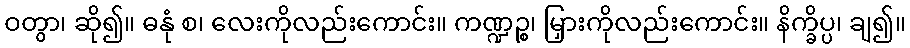
ဝတွာ၊ ဆို၍။ ဓနုံ စ၊ လေးကိုလည်းကောင်း။ ကဏ္ဍဉ္စ၊ မြှားကိုလည်းကောင်း။ နိက္ခိပ္ပ၊ ချ၍။